Vaccine operations Central Provinces 1900-1911 - 1900-1911
Year: 1900
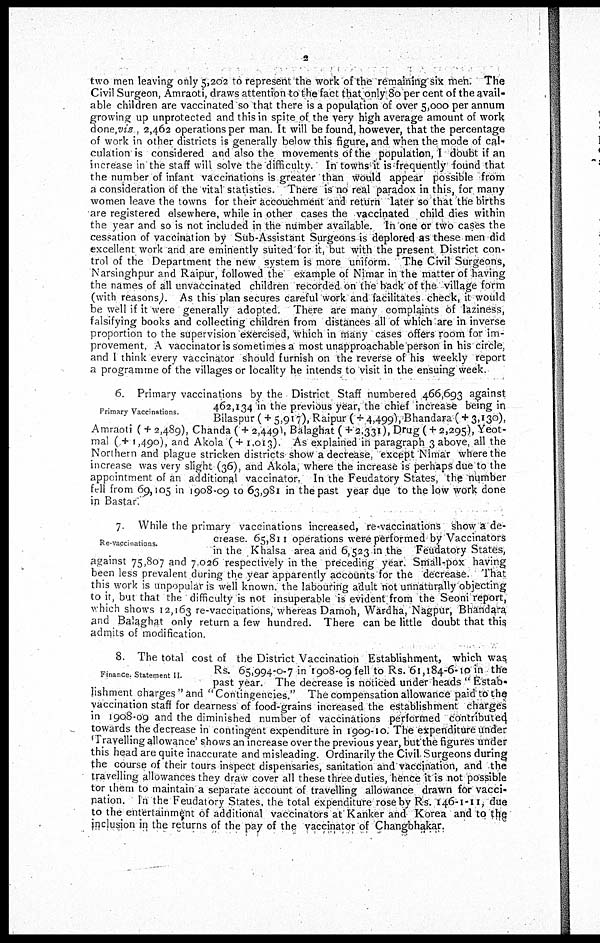
2
two men leaving only 5,202 to represent the work of the remaining six men. The
Civil Surgeon, Amraoti, draws attention to the fact that only 80 per cent of the avail-
able children are vaccinated so that there is a population of over 5,000 per annum
growing up unprotected and this in spite of the very high average amount of work
done,viz., 2,462 operations per man. It will be found, however, that the percentage
of work in other districts is generally below this figure, and when the mode of cal¬
culation is considered and also the movements of the population, I doubt if an
increase in the staff will solve the difficulty. In towns it is frequently found that
the number of infant vaccinations is greater than would appear possible from
a consideration of the vital statistics. There is no real paradox in this, for many
women leave the towns for their accouchment and return later so that the births
are registered elsewhere, while in other cases the vaccinated child dies within
the year and so is not included in the number available. In one or two cases the
cessation of vaccination by Sub-Assistant Surgeons is deplored as these men did
excellent work and are eminently suited for it, but with the present District con-
trol of the Department the new system is more uniform. The Civil Surgeons,
Narsinghpur and Raipur, followed the example of Nimar in the matter of having
the names of all unvaccinated children recorded on the back of the village form
(with reasons). As this plan secures careful work and facilitates check, it would
be well if it were generally adopted. There are many complaints of laziness,
falsifying books and collecting children from distances all of which are in inverse
proportion to the supervision exercised, which in many cases offers room for im-
provement, A vaccinator is sometimes a most unapproachable person in his circle,
and I think every vaccinator should furnish on the reverse of his weekly report
a programme of the villages or locality he intends to visit in the ensuing week.
Primary Vaccinations
6. Primary vaccinations by the District Staff numbered 466,693 against
462,134 in the previous year, the chief increase being in
Bilaspur ( + 5,917), Raipur ( + 4,499), Bhandara ( + 3,130),
Amraoti ( + 2,489), Chanda ( + 2,449), Balaghat ( + 2,331), Drug ( + 2,295), Yeot¬
mal ( + 1,490), and Akola (+ 1,013). As explained in paragraph 3 above, all the
Northern and plague stricken districts show a decrease, except Nimar where the
increase was very slight (36), and Akola, where the increase is perhaps due to the
appointment of an additional vaccinator. In the Feudatory States, the number
fell from 69,105 in 1908-09 to 63,981 in the past year due to the low work done
in Bastar.
Re-vaccinations.
7 While the primary vaccinations increased, re-vaccinations show a de-
crease. 65,811 operations were performed by Vaccinators
in the Khalsa area and 6,523 in the Feudatory States,
against 75,807 and 7.026 respectively in the preceding year. Small-pox having
been less prevalent during the year apparently accounts for the decrease. That
this work is unpopular is well known, the labouring adult not unnaturally objecting
to it, but that the difficulty is not insuperable is evident from the Seoni report,
which shows 12,163 re-vaccinations, whereas Damoh, Wardha, Nagpur, Bhandara
and Balaghat only return a few hundred. There can be little doubt that this
admits of modification.
Finance Statement II.
8. The total cost of the District Vaccination Establishment, which was
Rs. 65,994-0-7 in 1908-09 fell to Rs. 61,184-6-10 in the
past year. The decrease is noticed under heads " Estab-
lishment charges " and " Contingencies." The compensation allowance paid to the
vaccination staff for dearness of food-grains increased the establishment charges
in 1908-09 and the diminished number of vaccinations performed contributed
towards the decrease in contingent expenditure in 1909-10. The expenditure under
'Travelling allowance' shows an increase over the previous year, but the figures under
this head are quite inaccurate and misleading. Ordinarily the Civil Surgeons during
the course of their tours inspect dispensaries, sanitation and vaccination, and the
travelling allowances they draw cover all these three duties, hence it is not possible
tor them to maintain a separate account of travelling allowance drawn for vacci-
nation. In the Feudatory States, the total expenditure rose by Rs. 146-1-11, due
to the entertainment of additional vaccinators at Kanker and Korea and to the
inclusion in the returns of the pay of the vaccinator of Changbhakar.